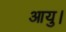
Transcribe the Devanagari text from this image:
आयु।